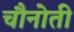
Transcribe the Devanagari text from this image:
चौनोती